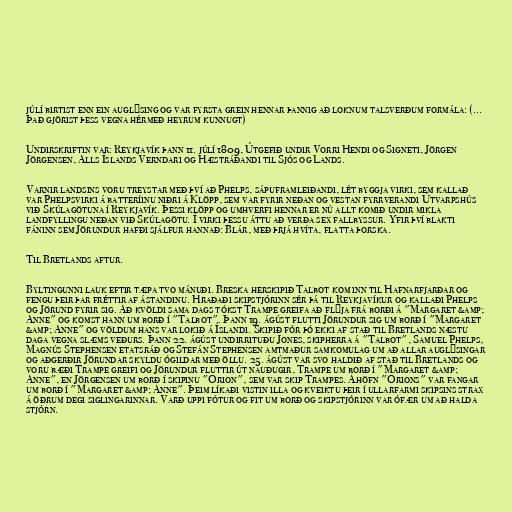
júlí birtist enn ein auglýsing og var fyrsta grein hennar þannig að loknum talsverðum formála: (...
Það gjörist þess vegna hérmeð heyrum kunnugt)

Undirskriftin var: Reykjavík þann 11. júlí 1809, Útgefið undir Vorri Hendi og Signeti, Jörgen
Jörgensen, Alls Íslands Verndari og Hæstráðandi til Sjós og Lands.

Varnir landsins voru treystar með því að Phelps, sápuframleiðandi, lét byggja virki, sem kallað
var Phelpsvirki á batteríinu niðri á Klöpp, sem var fyrir neðan og vestan fyrrverandi Útvarpshús
við Skúlagötuna í Reykjavík. Þessi klöpp og umhverfi hennar er nú allt komið undir mikla
landfyllingu neðan við Skúlagötu. Í virki þessu áttu að verða sex fallbyssur. Yfir því blakti
fáninn sem Jörundur hafði sjálfur hannað: Blár, með þrjá hvíta, flatta þorska.

Til Bretlands aftur.

Byltingunni lauk eftir tæpa tvo mánuði. Breska herskipið Talbot kom inn til Hafnarfjarðar og
fengu þeir þar fréttir af ástandinu. Hraðaði skipstjórinn sér þá til Reykjavíkur og kallaði Phelps
og Jörund fyrir sig. Að kvöldi sama dags tókst Trampe greifa að flýja frá borði á "Margaret &amp;
Anne" og komst hann um borð í "Talbot". Þann 19. ágúst flutti Jörundur sig um borð í "Margaret
&amp; Anne" og völdum hans var lokið á Íslandi. Skipið fór þó ekki af stað til Bretlands næstu
daga vegna slæms veðurs. Þann 22. ágúst undirrituðu Jones, skipherra á "Talbot", Samuel Phelps,
Magnús Stephensen etatsráð og Stefán Stephensen amtmaður samkomulag um að allar auglýsingar
og aðgerðir Jörundar skyldu ógildar með öllu. 25. ágúst var svo haldið af stað til Bretlands og
voru bæði Trampe greifi og Jörundur fluttir út nauðugir, Trampe um borð í "Margaret &amp;
Anne", en Jörgensen um borð í skipinu "Orion", sem var skip Trampes. Áhöfn "Orions" var fangar
um borð í "Margaret &amp; Anne". Þeim líkaði vistin illa og kveiktu þeir í ullarfarmi skipsins strax
á öðrum degi siglingarinnar. Varð uppi fótur og fit um borð og skipstjórinn var ófær um að halda
stjórn.